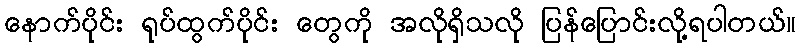
နောက်ပိုင်း ရုပ်ထွက်ပိုင်း တွေကို အလိုရှိသလို ပြန်ပြောင်းလို့ရပါတယ်။